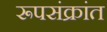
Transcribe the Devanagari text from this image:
रूपसंक्रांत